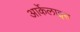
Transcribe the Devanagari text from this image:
आर्केलाइस